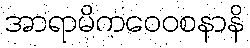
အာရာမိကဝေဝစနာနိ